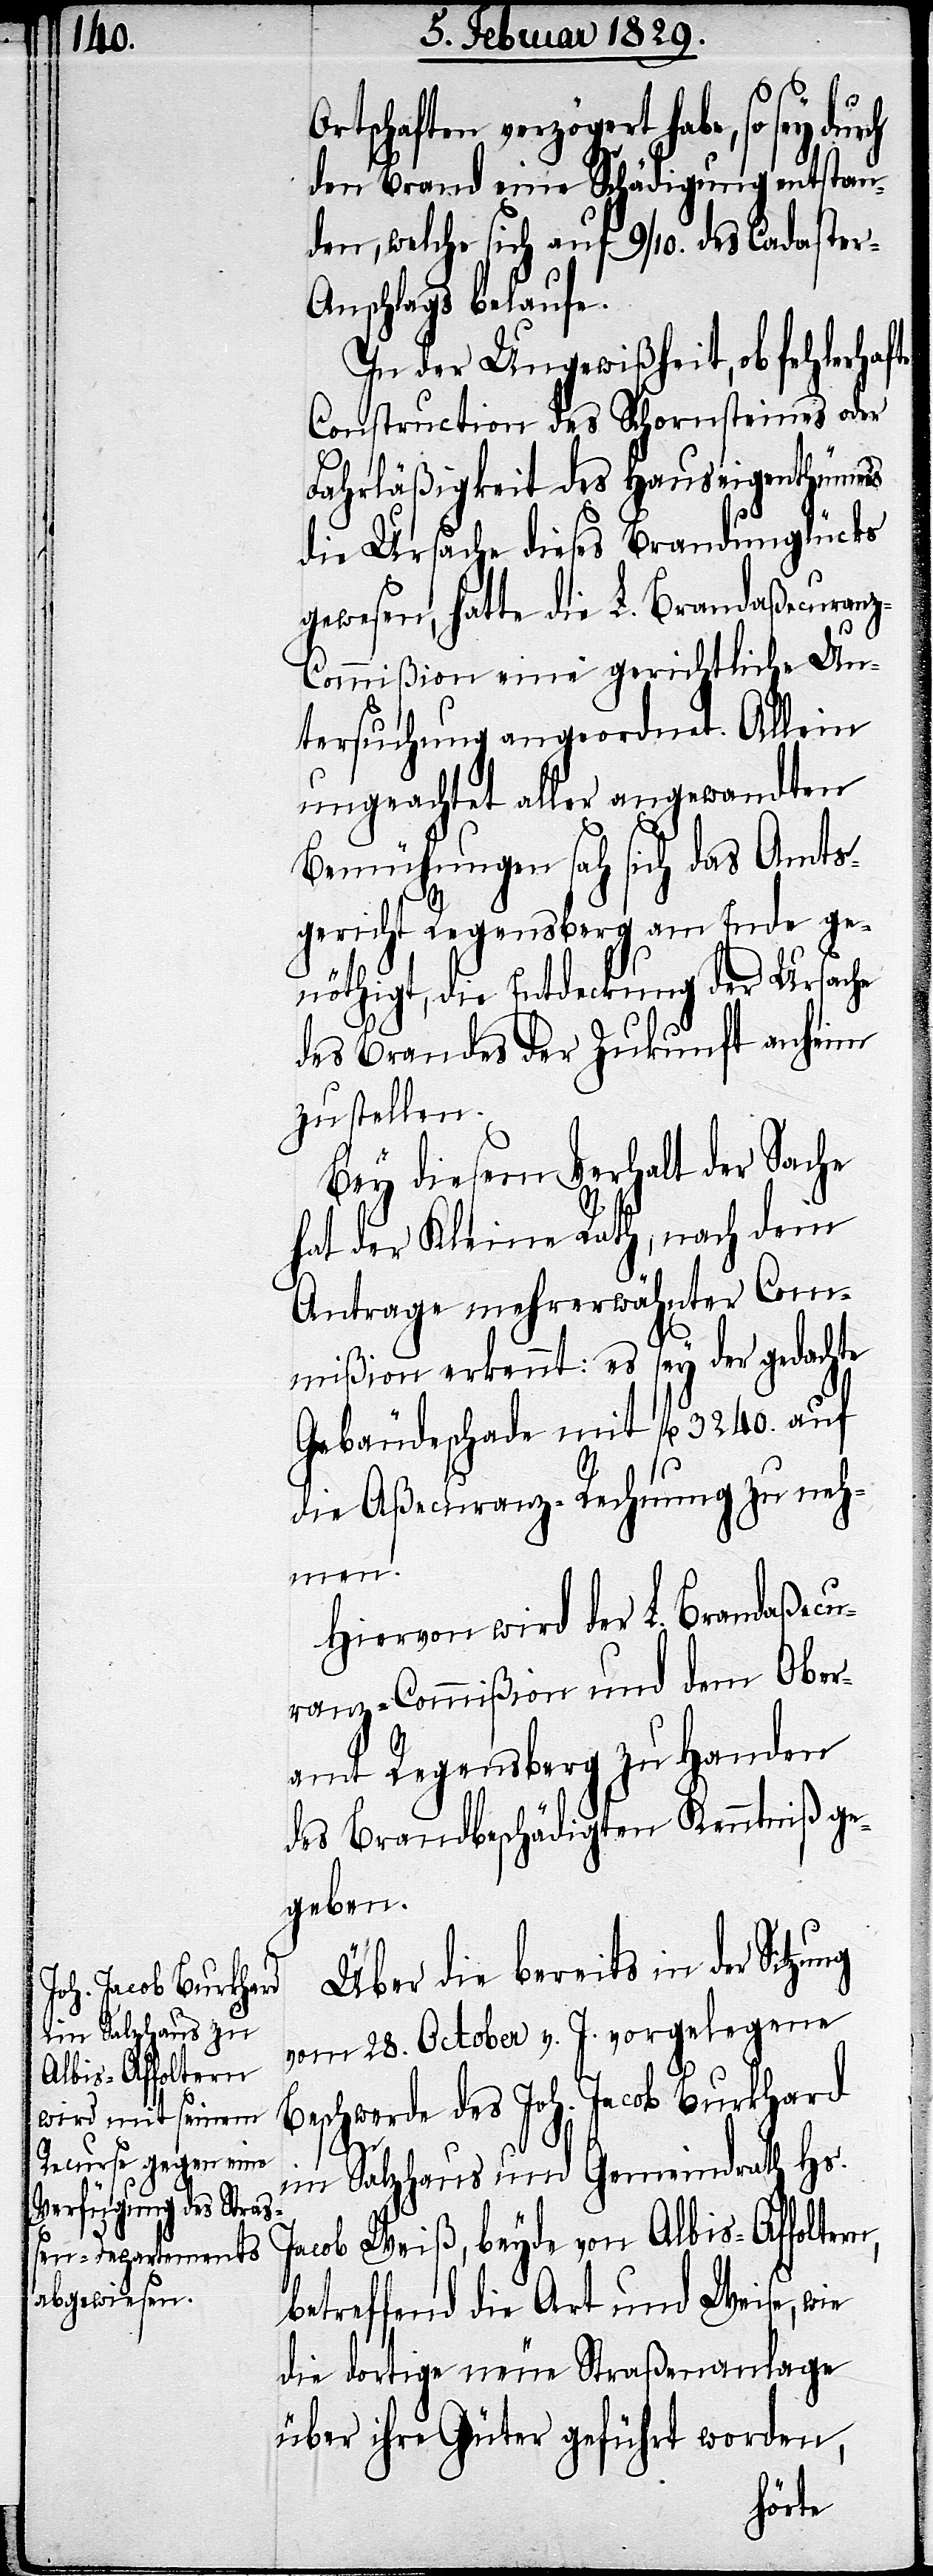
tschaften verzögert habe, so
den Brand eine Schädigung entstan¬
den, welche sich auf 9/10. des Cadaste¬
r-Anschlags belaufe.
In der Ungewißheit, ob fehlerhafte
Construction des Schornstein oder
Fahrläßigkeit des Hauseigenthümers
die Ursache dieses Brandunglücks
gewesen, hatte die L. Brandaßecuran¬
z-Commißion eine gerichtliche Un¬
tersuchung angeordnet. Allein
ungeachtet aller angewandten
Bemühungen sah sich das Amts¬
gericht Regensberg am Ende ge¬
nöthigt, die Entdeckung der Ursache
des Brandes der Zukunft anheim
zu stellen.
Bey diesem Verhalt der Sache
hat der Kleine Rath, nach dem
Antrage mehrerwähnter Com¬
mißion erkennt: es sey der gedachte
Gebäudeschade[n] mit fl. 3240. auf
die Aßecuranz-Rechnung zu neh¬
men.
Hiervon wird der L. Brandaßecu¬
ranz-Commißion und dem Ober¬
amt Regensberg zu Handen
des Brandgeschädigten Kenntniß ge¬
geben.
Über die bereits in der Sitzung
vom 28. October v. J. vorgelegene
Beschwerde des Joh. Jacob Burkhard
n,
im Salzhaus und Gemeindrath Hs.
Jacob Weiß, beyde von Albis-Affolter¬
betreffend die Art und Weise, wie
die dortige neue Straßenanlage
über ihre Güter geführt worden,